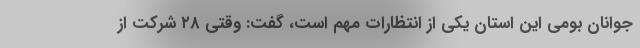
جوانان بومی این استان یکی از انتظارات مهم است، گفت: وقتی ۲۸ شرکت از